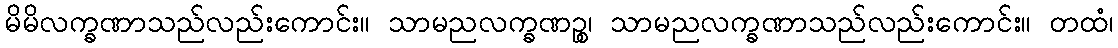
မိမိလက္ခဏာသည်လည်းကောင်း။ သာမညလက္ခဏဉ္စ၊ သာမညလက္ခဏာသည်လည်းကောင်း။ တထံ၊